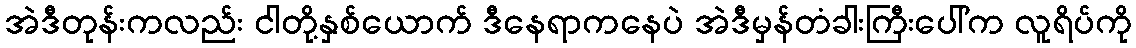
အဲဒီတုန်းကလည်း ငါတို့နှစ်ယောက် ဒီနေရာကနေပဲ အဲဒီမှန်တံခါးကြီးပေါ်က လူရိပ်ကို